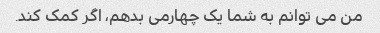
من می توانم به شما یک چهارمی بدهم، اگر کمک کند.